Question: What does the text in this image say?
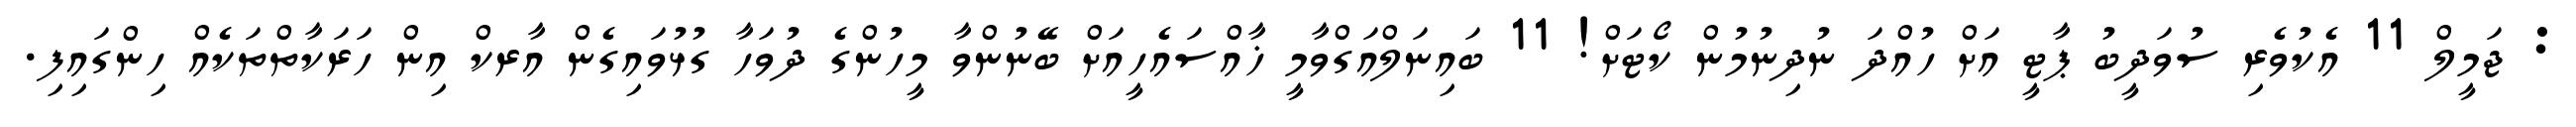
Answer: : ޖަމީލް 11 އެކުވެރި ސުވަދީބު ޕާޓީ އަށް ހުއްދަ ނުދިނުމުން ކޯޓަށް! 11 ބައިނަލްއަގްވާމީ ޚާއްސައެހީއަށް ބޭނުންވާ މީހުންގެ ދުވަހާ ގުޅުވައިގެން އާރކް އިން ހަރަކާތްތަކެއް ހިންގައިފި.